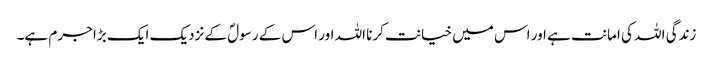
زندگی اللہ کی امانت ہے اور اس میں خیانت کرنا اللہ اور اس کے رسولؐ کے نزدیک ایک بڑا جرم ہے۔